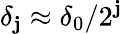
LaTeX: \delta_{\mathbf{j}}\approx\delta_{0}/2^{\mathbf{j}}